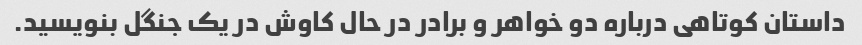
داستان کوتاهی درباره دو خواهر و برادر در حال کاوش در یک جنگل بنویسید.